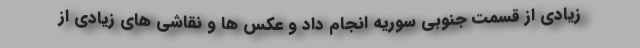
زیادی از قسمت جنوبی سوریه انجام داد و عکس ها و نقاشی های زیادی از